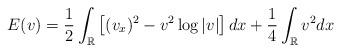
LaTeX: \begin{align*}E(v) = \frac{1}{2} \int_{\mathbb{R}} \left[ (v_x)^2 - v^2 \log|v| \right] dx + \frac{1}{4} \int_{\mathbb{R}} v^2 dx\end{align*}